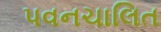
પવનચાલિત